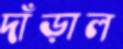
দাঁড়াল